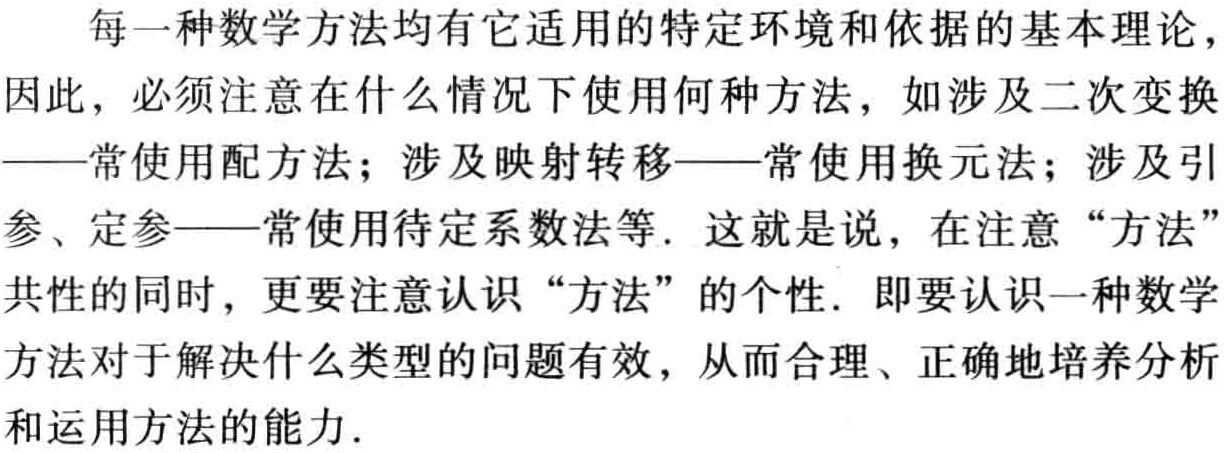
每一种数学方法均有它适用的特定环境和依据的基本理论，因此，必须注意在什么情况下使用何种方法，如涉及二次变换——常使用配方法；涉及映射转移——常使用换元法；涉及引参、定参——常使用待定系数法等. 这就是说，在注意“方法”共性的同时，更要注意认识“方法”的个性. 即要认识一种数学方法对于解决什么类型的问题有效，从而合理、正确地培养分析和运用方法的能力.